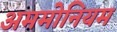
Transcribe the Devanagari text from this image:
अममोनियम